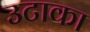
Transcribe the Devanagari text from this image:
उटाका